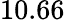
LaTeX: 10.66